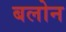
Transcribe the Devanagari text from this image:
बलोन